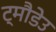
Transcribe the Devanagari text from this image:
ट्मौडेउ